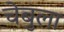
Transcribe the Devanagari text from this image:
चेबुला